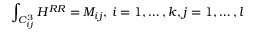
\int _ { C _ { i j } ^ { 3 } } H ^ { R R } = M _ { i j } , \, i = 1 , \ldots , k , j = 1 , \ldots , l